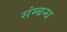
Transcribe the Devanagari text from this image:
संम्बन्ध